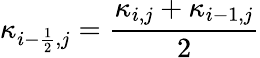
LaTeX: \kappa_{i-\frac{1}{2},j}=\frac{\kappa_{i,j}+\kappa_{i-1,j}}{2}